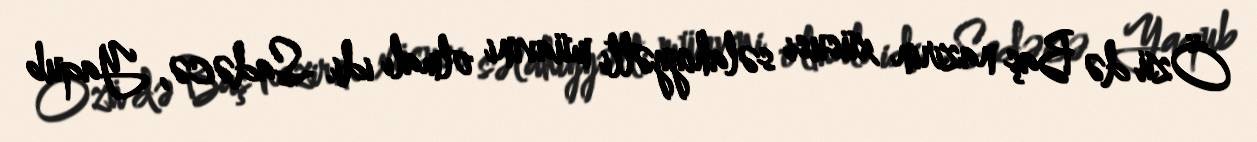
Özü də Baş nazirin xüsusi səlahiyyətli müavini olmalı idi. Sadəcə, Yaqub